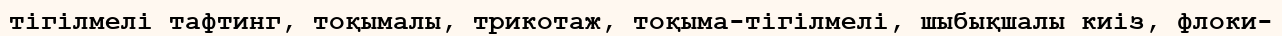
тігілмелі тафтинг, тоқымалы, трикотаж, тоқыма-тігілмелі, шыбықшалы киіз, флоки-